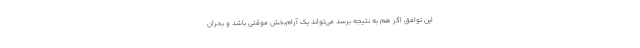
این توافق اگر هم به نتیجه برسد می‌تواند یک آرام‌بخش موقتی باشد و بحران